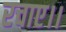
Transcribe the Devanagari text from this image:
रचाए।।